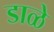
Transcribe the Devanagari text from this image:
डाळे